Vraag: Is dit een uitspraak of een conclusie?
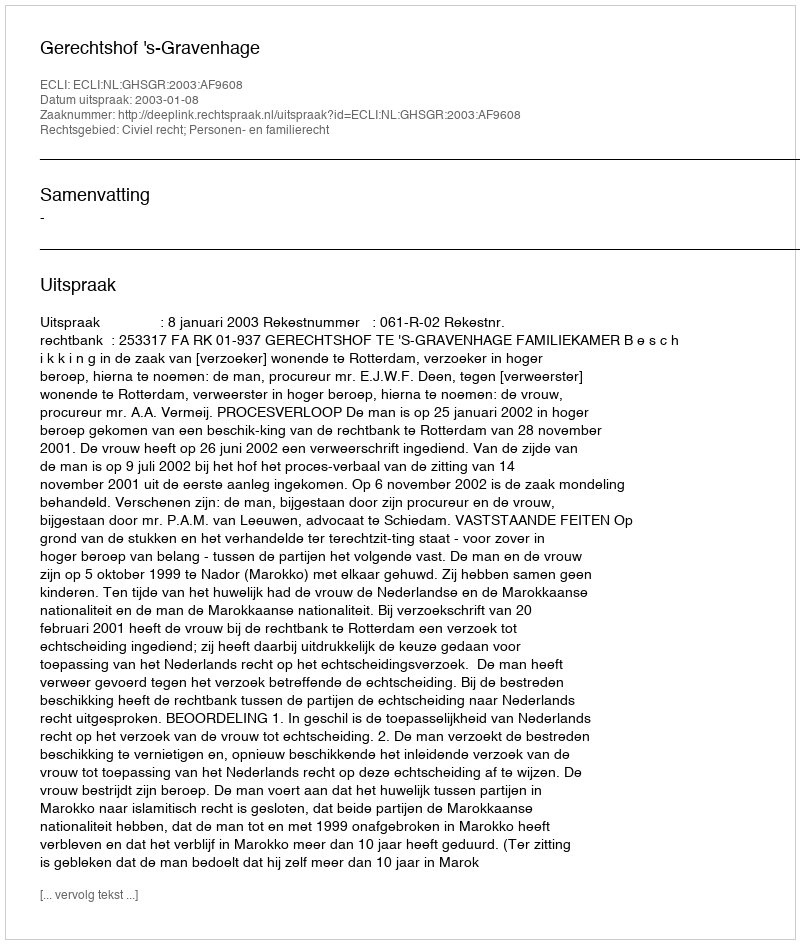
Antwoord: Uitspraak